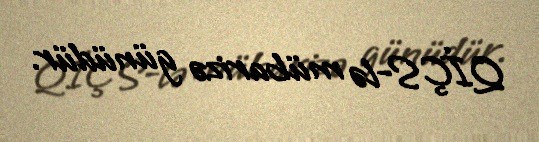
QİÇS-lə mübarizə günüdür.